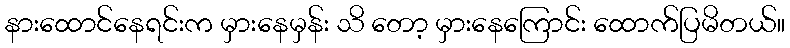
နားထောင်နေရင်းက မှားနေမှန်း သိ တော့ မှားနေကြောင်း ထောက်ပြမိတယ်။